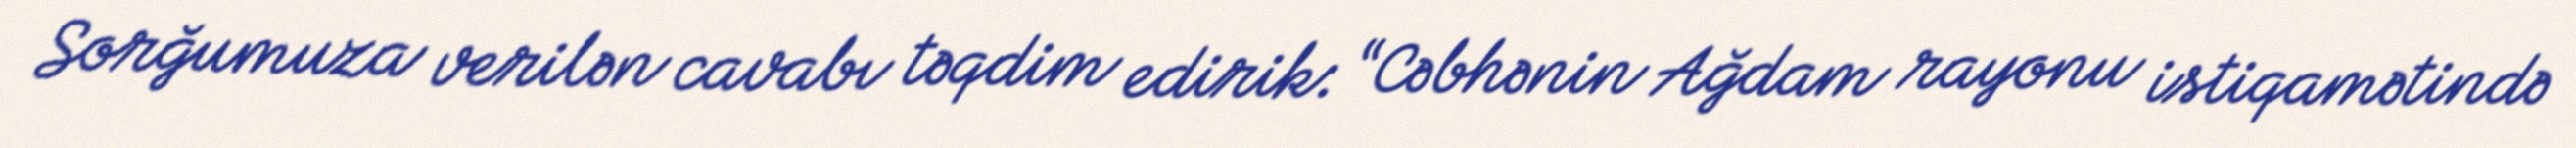
Sorğumuza verilən cavabı təqdim edirik: “Cəbhənin Ağdam rayonu istiqamətində